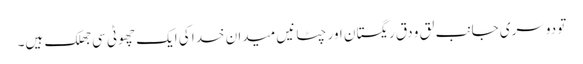
تو دوسری جانب لق و دق ریگستان اور چٹانیں میدان خدا کی ایک چھوٹی سی جھلک ہیں۔